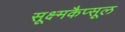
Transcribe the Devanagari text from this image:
सूक्ष्मकैप्सूल